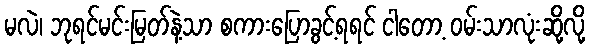
မလဲ၊ ဘုရင်မင်းမြတ်နဲ့သာ စကားပြောခွင့်ရရင် ငါတော့ ဝမ်းသာလုံးဆို့လို့